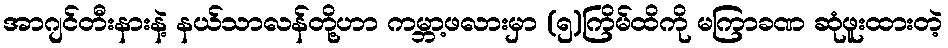
အာဂျင်တီးနားနဲ့ နယ်သာလန်တို့ဟာ ကမ္ဘာ့ဖလားမှာ (၅)ကြိမ်ထိကို မကြာခဏ ဆုံဖူးထားတဲ့